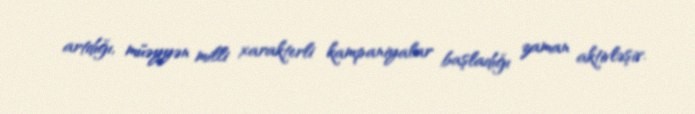
artdığı, müəyyən milli xarakterli kampaniyalar başladığı zaman aktivləşir.